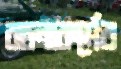
রচনাকর্মের